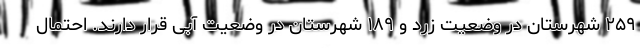
۲۵۹ شهرستان در وضعیت زرد و ۱۸۹ شهرستان در وضعیت آبی قرار دارند. احتمال